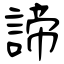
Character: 諦